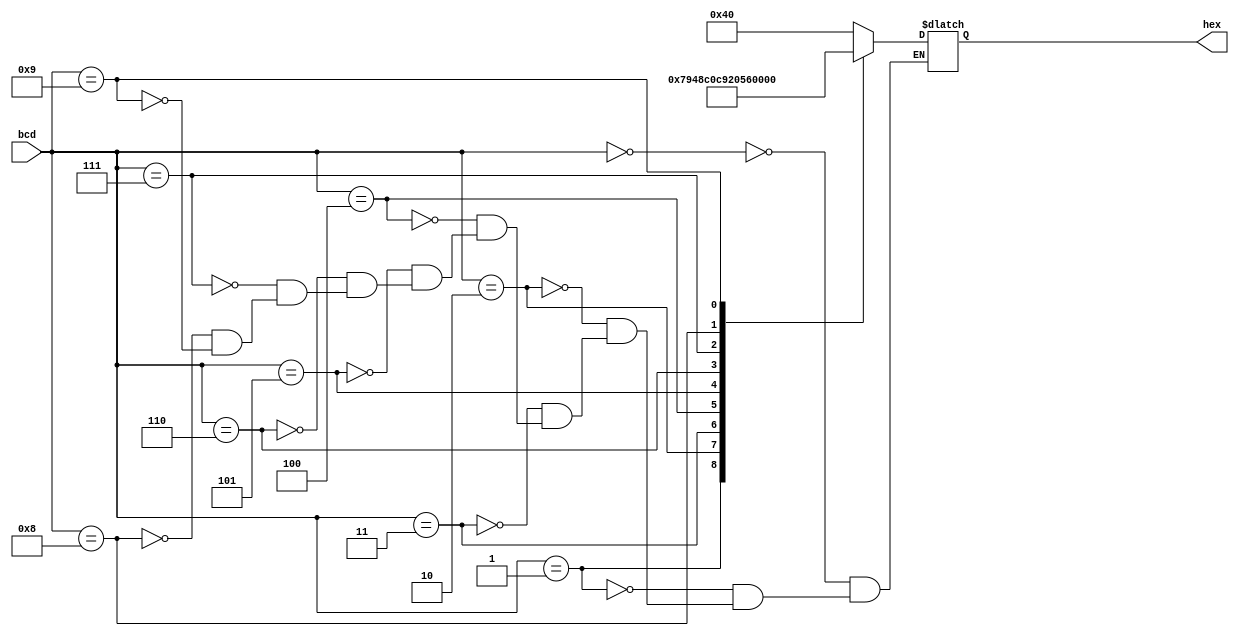
module bcd2Hex(bcd, hex);
	input [3:0] bcd;
	output reg [6:0] hex;

	reg [6:0] ZERO = 7'b1000000;
	reg [6:0] UM = 7'b1111001;
	reg [6:0] DOIS = 7'b0100100;
	reg [6:0] TRES = 7'b0110000;
	reg [6:0] QUATRO = 7'b0011001;
	reg [6:0] CINCO = 7'b0010010;
	reg [6:0] SEIS = 7'b0000010;
	reg [6:0] SETE = 7'b1011000;
	reg [6:0] OITO = 7'b0000000;
	reg [6:0] NOVE = 7'b0010000;
	
	always@(bcd)
	begin
		case(bcd)
			4'b0000 : hex = ZERO;
			4'b0001 : hex = UM;
			4'b0010 : hex = DOIS;
			4'b0011 : hex = TRES;
			4'b0100 : hex = QUATRO;
			4'b0101 : hex = CINCO;
			4'b0110 : hex = SEIS;
			4'b0111 : hex = SETE;
			4'b1000 : hex = OITO;
			4'b1001 : hex = NOVE;	
		endcase
	end
endmodule